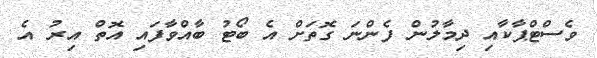
ވެސްޓްޕާކާއި ދިމާލުން ފެންނަ ގޮތަށް އެ ބޯޓު ބާއްވާފައި އޮތް އިރު އެ